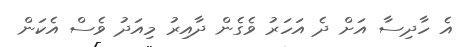
އެ ހާދިސާ އަށް ދެ އަހަރު ވެގެން ދާއިރު މިއަދު ވެސް އެކަން